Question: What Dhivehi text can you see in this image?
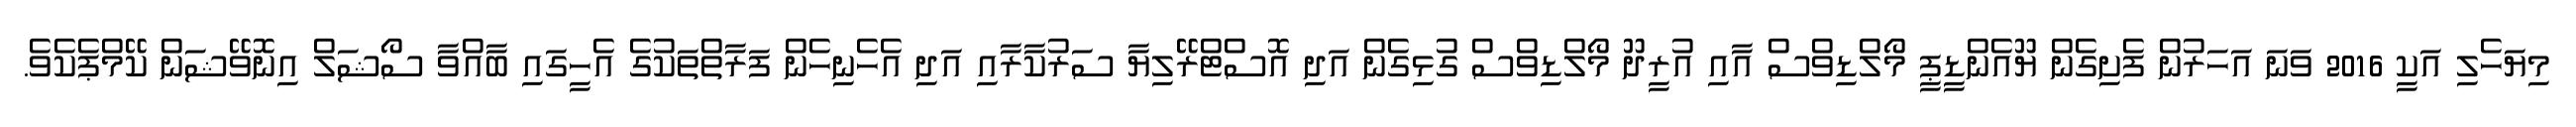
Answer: މިޔަހެލި އަކީ 2016 ވަނަ އަހަރުން ފެށިގެން ޔޫއެންޑީޕީ މޯލްޑިވްސް އާއި އުރީދޫ މޯލްޑިވްސް ގުޅިގެން އަދި އޮސްޓްރޭލިޔާ ސަރުކާރާއި އަދި އެހެނިހެން ފަރާތްތަކުގެ އެހީގައި ބާއްވާ ސޯޝަލް އިނޮވޭޝަން ކޭމްޕެކެވެ.